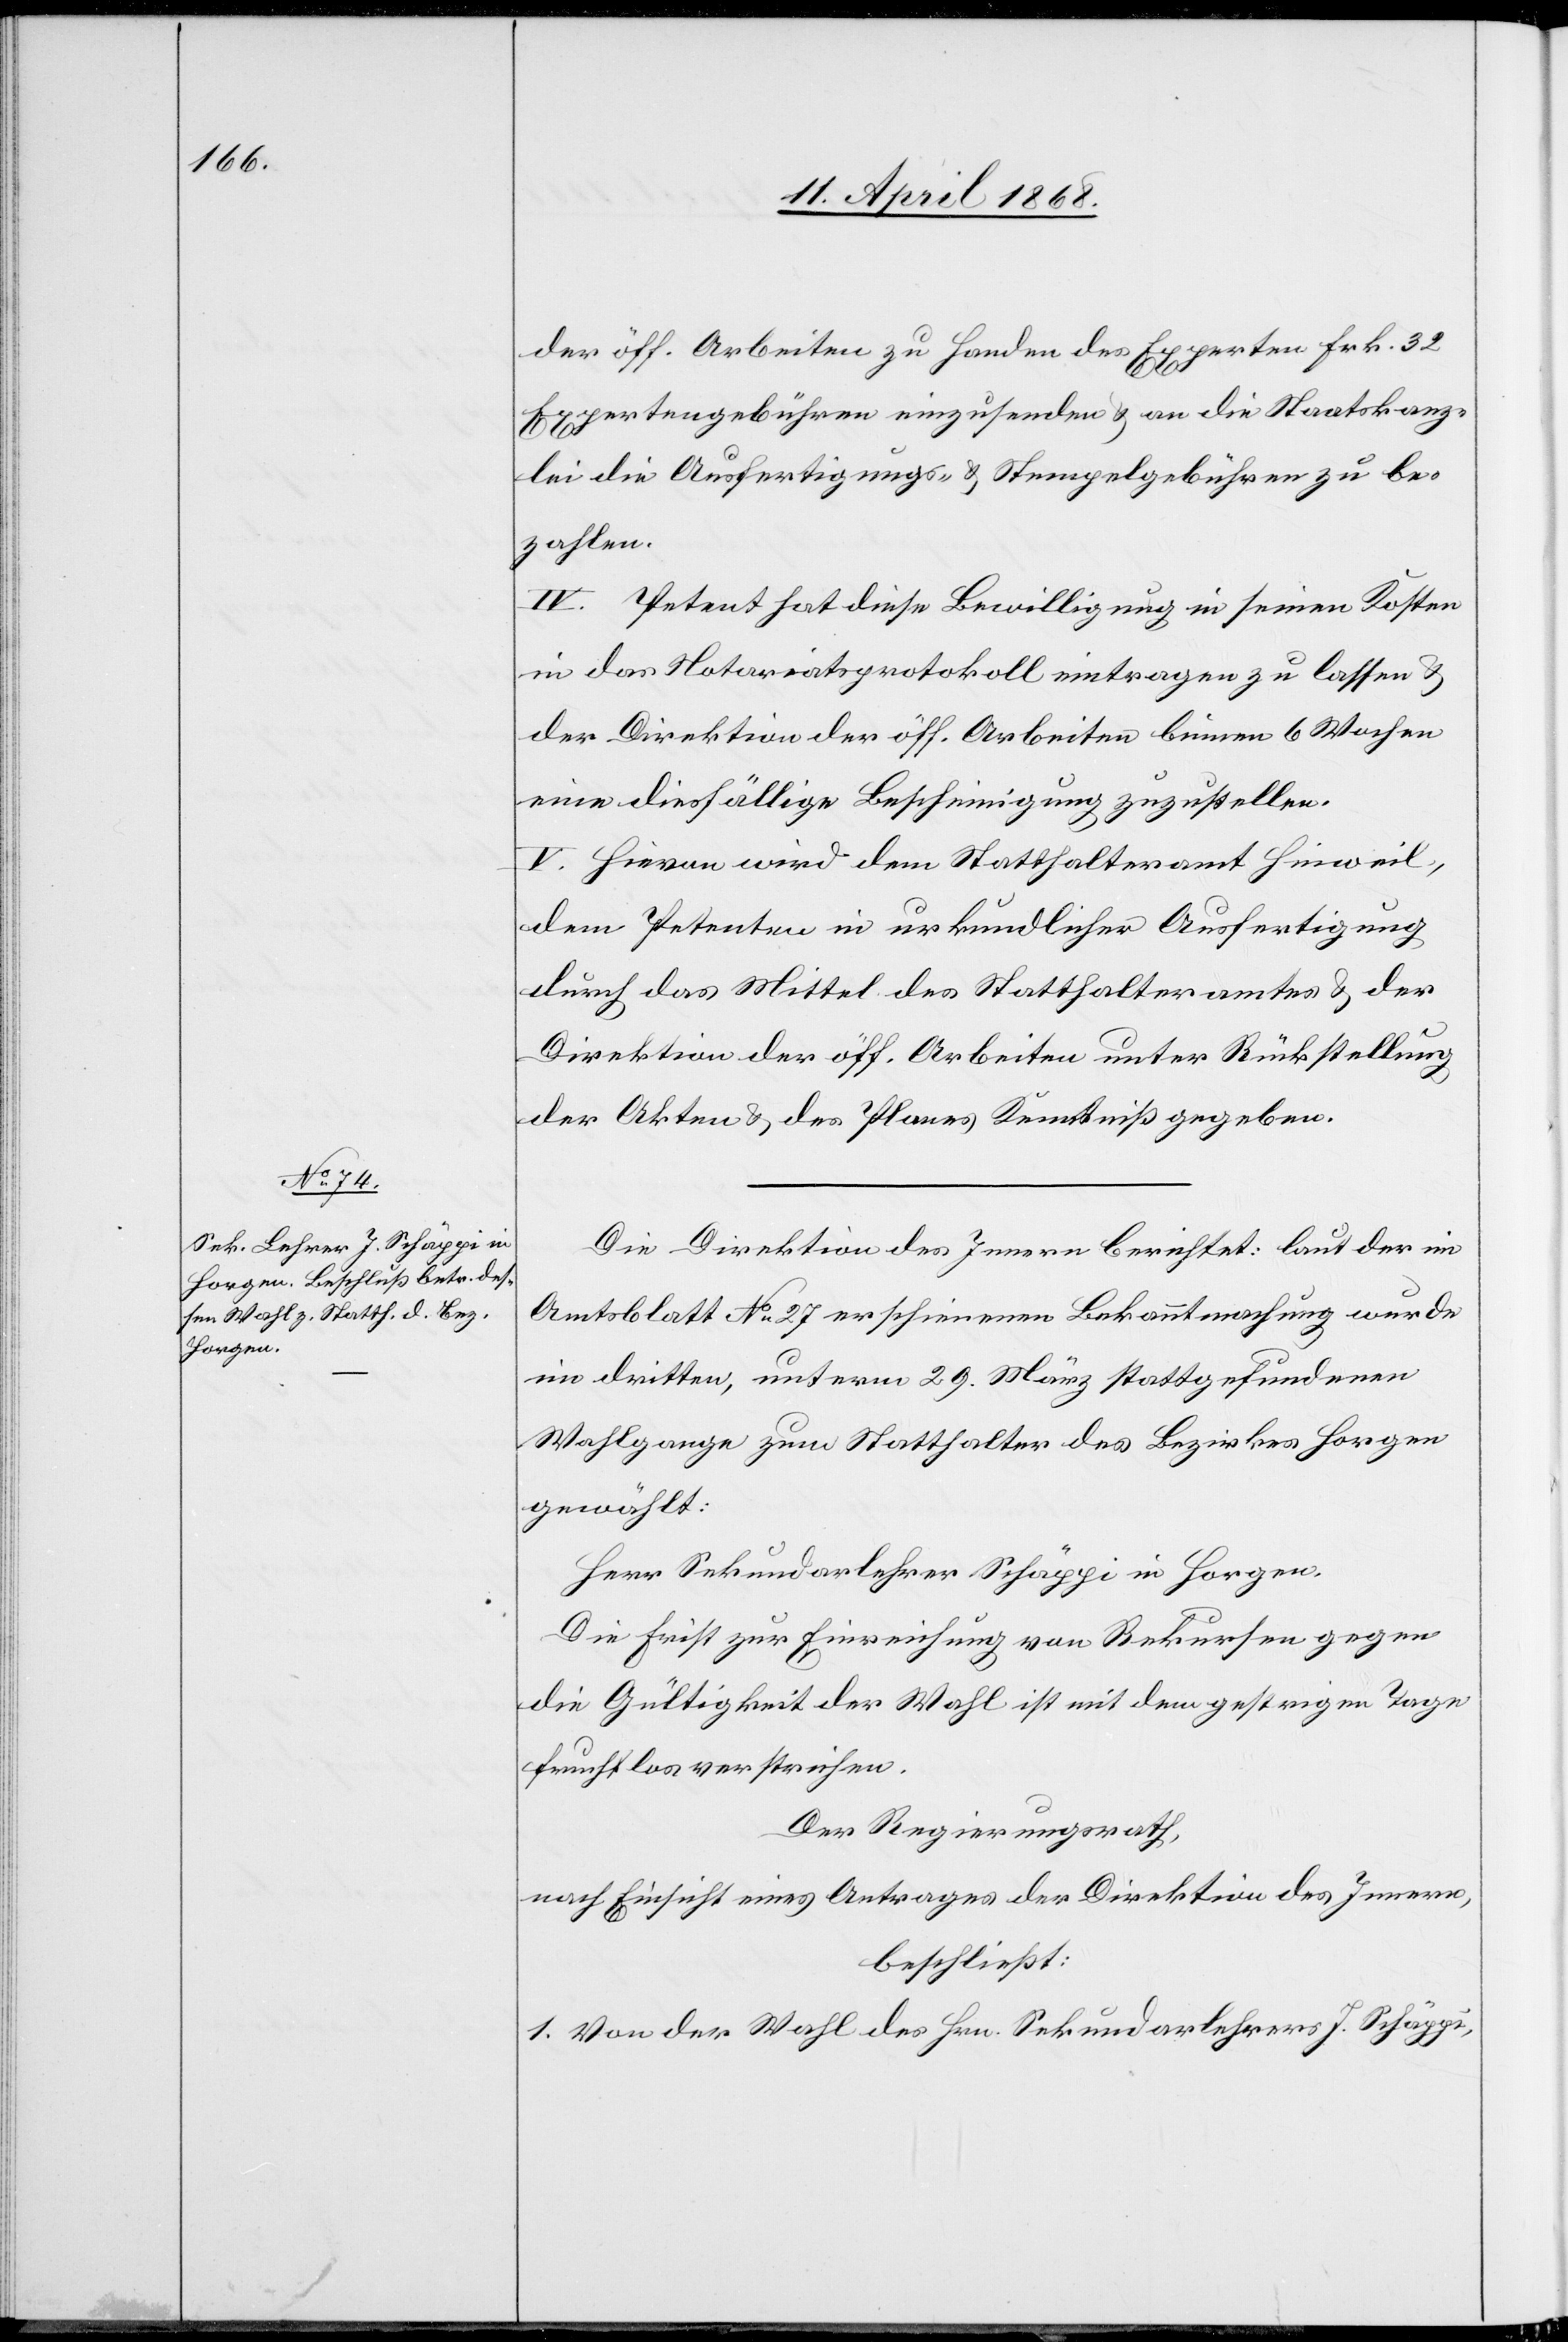
der öff. Arbeiten zu Handen des Experten Frk. 32
Expertengebühren einzusenden & an die Staatskanz¬
lei die Ausfertigungs- & Stempelgebühren zu be¬
zahlen.
IV. Petent hat diese Bewilligung in seinen Kosten
in das Notariatsprotokoll eintragen zu lassen &
der Direktion der öff. Arbeiten binnen 6 Wochen
eine diesfällige Bescheinigung zuzustellen.
V. Hievon wird dem Statthalteramt Hinweil,
dem Petenten in urkundlicher Ausfertigung
durch das Mittel des Statthalteramtes & der
Direktion der öff. Arbeiten unter Rückstellung
der Akten & des Planes Kenntniß gegeben.
Die Direktion des Innern berichtet: laut der im
Amtsblatt No. 27 erschienenen Bekanntmachung wurde
im dritten, unterm 29. März stattgefundenen
Wahlgange zum Statthalter des Bezirkes Horgen
gewählt:
Herr Sekundarlehrer Schäppi in Horgen.
Die Frist zur Einreichung von Rekursen gegen
die Gültigkeit der Wahl ist mit dem gestrigen Tage
fruchtlos verstrichen.
Der Regierungsrath,
nach Einsicht eines Antrages der Direktion des Innern,
beschließt:
1. Von der Wahl des Hrn. Sekundarlehrers J. Schäppi,